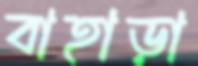
বাহাড়া